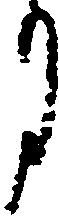
月